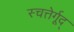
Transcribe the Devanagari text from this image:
स्चत्तेर्गूद्